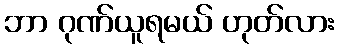
ဘာ ဂုဏ်ယူရမယ် ဟုတ်လား